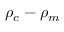
\rho _ { c } - \rho _ { m }